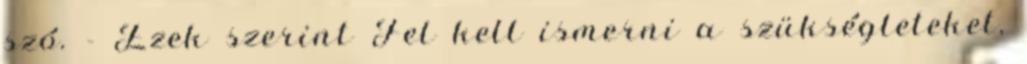
szó. - Ezek szerint Fel kell ismerni a szükségleteket,